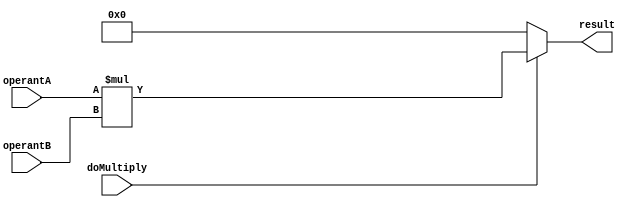
module multiplier ( input wire         doMultiply,
                    input wire [31:0]  operantA,
                                       operantB,
                    output wire [31:0] result );
  assign result = doMultiply == 1'b0 ? {32{1'b0}} : operantA*operantB;
endmodule